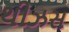
થીઝસ